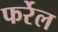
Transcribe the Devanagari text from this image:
फर्रेल